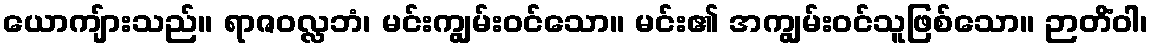
ယောကျ်ားသည်။ ရာဇဝလ္လဘံ၊ မင်းကျွမ်းဝင်သော။ မင်း၏ အကျွမ်းဝင်သူဖြစ်သော။ ဉာတိံဝါ၊